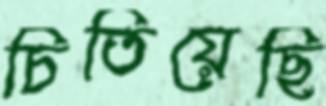
চিতিয়েছি